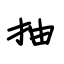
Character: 抽